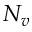
N _ { v }